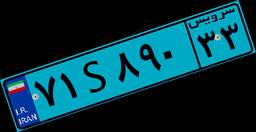
۷۱S۸۹۰۳۳